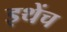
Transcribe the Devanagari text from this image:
इथेंच